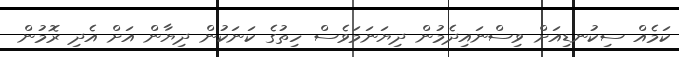
ކަމެއް ސިކުނޑިއަށް ވިސްނައިދެމުން ދިޔަނަމަވެސް ހިތުގެ ކަނަކުން ދިޔާން އަށް އެދި ރޮމުން